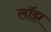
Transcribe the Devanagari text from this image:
लॉझ